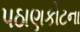
પઠાણકોટના